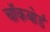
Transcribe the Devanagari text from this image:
चॉकबोर्ड